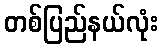
တစ်ပြည်နယ်လုံး